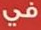
في